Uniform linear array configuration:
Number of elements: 48
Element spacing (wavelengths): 0.5
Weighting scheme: uniform
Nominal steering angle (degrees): -60
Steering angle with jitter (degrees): -59.736
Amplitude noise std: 0.05
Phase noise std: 0.05

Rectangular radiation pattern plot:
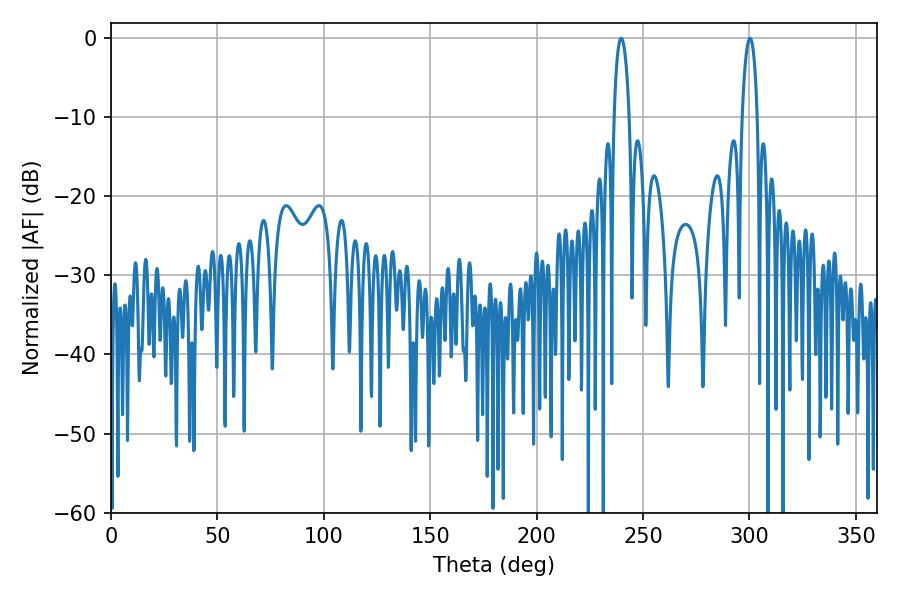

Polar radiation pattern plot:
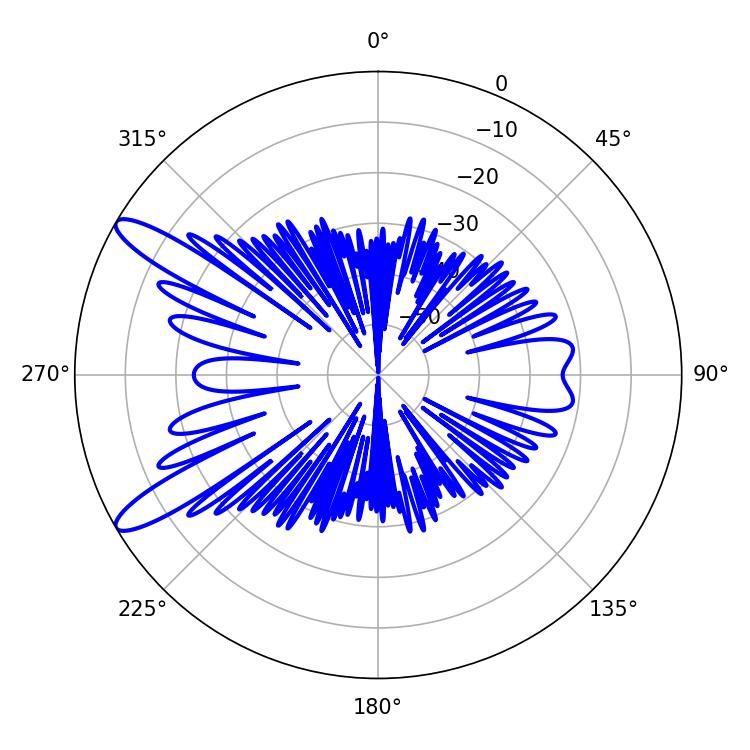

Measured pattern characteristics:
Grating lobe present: FALSE
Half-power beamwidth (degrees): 3.96
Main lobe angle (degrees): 239.76